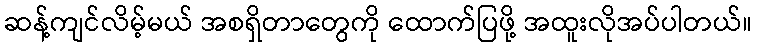
ဆန့်ကျင်လိမ့်မယ် အစရှိတာတွေကို ထောက်ပြဖို့ အထူးလိုအပ်ပါတယ်။